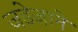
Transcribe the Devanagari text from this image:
जडेजाने